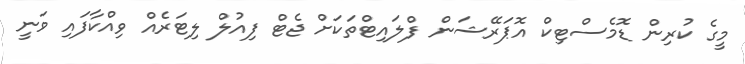
މީގެ ކުރިން ޑޮމެސްޓިކް އޮޕަރޭޝަން ފްލައިޓްތަކަށް ޖެޓް ފިއުލް ލިޓަރެއް ވިއްކާފައި ވަނީ